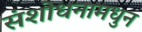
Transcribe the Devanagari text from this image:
संशोधनामधुन